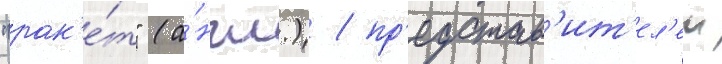
"рак'е́т" (а́нгл.) / пр'едстав'ит'ел'еи